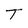
Character: T